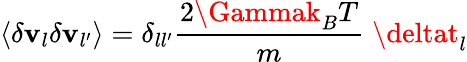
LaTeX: \left\langle\delta\mathbf{v}_{l}\delta\mathbf{v}_{l^{\prime}}\right\rangle=\delta_{ll^{\prime}}\frac{{2\Gammak_{B}T}}{{m}}\; \deltat_{l}